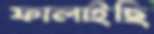
ফালাইছি